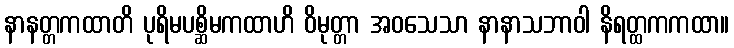
နာနတ္တကထာတိ ပုရိမပစ္ဆိမကထာဟိ ဝိမုတ္တာ အဝသေသာ နာနာသဘာဝါ နိရတ္ထကကထာ။